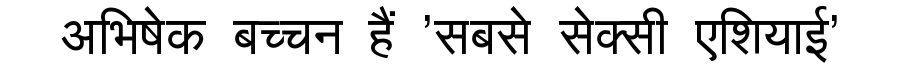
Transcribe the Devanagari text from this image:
अभिषेक बच्चन हैं 'सबसे सेक्सी एशियाई'